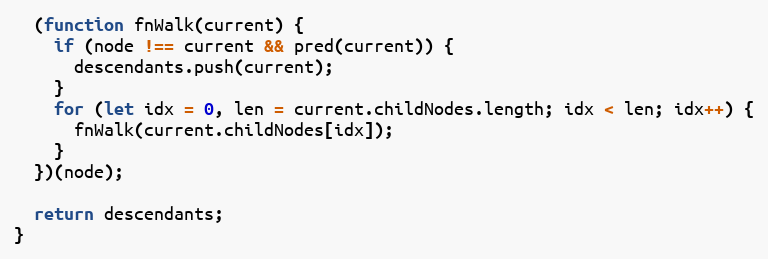
Language: JavaScript
  (function fnWalk(current) {
    if (node !== current && pred(current)) {
      descendants.push(current);
    }
    for (let idx = 0, len = current.childNodes.length; idx < len; idx++) {
      fnWalk(current.childNodes[idx]);
    }
  })(node);

  return descendants;
}